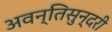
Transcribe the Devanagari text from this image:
अवन्तिसुन्दरी